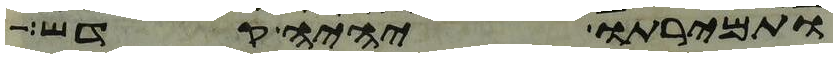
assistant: ותמירתו יהיה קדש